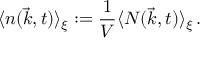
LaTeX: \langle n ( \vec { k } , t ) \rangle _ { \xi } : = { \frac { 1 } { V } } \langle N ( \vec { k } , t ) \rangle _ { \xi } \, .